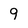
Character: 9